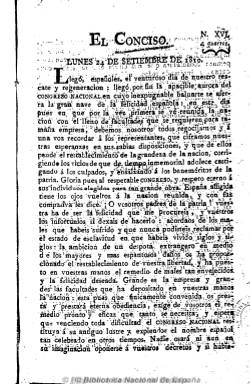
Título: El Conciso (Cádiz)
Colección: Periódicos anteriores a 1850
Ámbito geográfico: Cádiz
Lugar de publicación: Cádiz
Fechas: 24/09/1810-11/05/1814

Las Cortes de Cádiz y su revolucionaria proclamación de la libertad de imprenta, en noviembre de 1810, supone un momento de auténtico furor editorial tras los años de prohibiciones anteriores.  El periódico El Conciso, dirigido por Gaspar María de Ogirando, fue quizás el título más destacado de este periodo y una importante fuente para seguir el desarrollo de los acontecimientos contemporáneos, fundamentalmente las sesiones de Las Cortes que alumbraron la Constitución de 1812 en un Cádiz asediado por las tropas francesas de Napoleón.

  La razón de su título es que se proponía ir al grano, dando noticias y no reproduciendo largos discursos, teniendo en cuenta además el poco tiempo que el público tenía para la lectura. Se trata de un periódico liberal, polemista, de pequeño tamaño, gran defensor de la libertad de imprenta, que supo burlar la censura que imponía el Gobierno de José Bonaparte y combatir la propaganda de los círculos afrancesados afines al Gobierno. Está considerada una de las publicaciones mejor escritas de esos años y contaba con una gran audiencia. Algunas fuentes han calculado su difusión en 2. 000 ejemplares, muy superior a la tirada de otros periódicos.

  El Conciso comenzó su andadura el 24 de agosto de 1810, un mes antes de que comenzara la reunión de Las Cortes. La colección de la BNE no está completa; se inicia con el número 16, del 24 de septiembre, justo cuando comienzan las sesiones. Este número va precedido de una lista con el nombre de los diputados. De las ocho páginas con que cuenta, cuatro corresponden a esa lista.

  El periódico comenzó a editarse a días alternos para más tarde hacerse diario. Constaba de cuatro, seis u ocho páginas en función del volumen de información disponible. A partir del 28 de septiembre de 1810 publicó en sus dos últimas páginas un suplemento titulado Concisín, de periodicidad irregular. En él se daban noticias varias, como los sucesos más destacados de la guerra contra los franceses.

  Entre septiembre y diciembre de 1810, El Conciso todavía no tenía la competencia de otros periódicos y pudo publicar en exclusiva la información de Las Cortes, lo que tuvo una repercusión enorme en toda España e incluso en el extranjero. Era un tiempo en que todavía no había un diario oficial de sesiones.

   Debido a esta posición de privilegio el periódico influyó también en los diputados, por ejemplo, en que no hubiera debates secretos, sino que las sesiones fueran siempre públicas. También influyó en el resto de la prensa para que los diputados fueran tratados con respeto anteponiendo a su apellido el tratamiento de ‘señor’.

  No hay mejor prueba del éxito que tuvo este periódico en los primeros momentos de la Cortes de Cádiz que ver como la gente se impacientaba para adquirirlo cada mañana. Lo contó así el director de El Conciso en su número del 29 de setiembre de 1810:

   ‘El día de la salida del Conciso está fixado, pero no la hora. Así que siendo en día par, cumplo: yo soy aficionadillo a madrugar; pero quando nuestros idolatrados Padres de la Patria pasan malas noches no hará mucho El Conciso en pasarlas; y pedirle que madrugue a un hombre que ha pasado mala noche es querer matarle’

   El último número del periódico fue el del 11 de mayo de 1814. Estaba condenado a desaparecer como toda la prensa liberal después de la vuelta de Fernando VII a España, una vez que el ejercito francés, vencido, se había retirado de la Península. Estando en Valencia, el rey firmó el 4 de mayo un decreto por el que disolvía Las Cortes, abolía la Constitución de 1812 y restauraba el absolutismo.

  El Conciso, que desde comienzos de 1814 se editaba en Madrid, sólo duró una semana más. En su último número todavía se puede ver como sus redactores, ingenuamente, creían que cuando Fernando VII llegara a Madrid respetaría las libertades de la Constitución, dado el sacrificio que el pueblo español había hecho por la independencia y para conseguir su vuelta a España.

   El director, Gaspar María de Ogirando, que era vasco de origen, parece que marchó a México exiliado, aunque no se sabe con seguridad su paradero. Uno de los principales redactores de El Conciso, encargado de las crónicas parlamentarias, fue el poeta Francisco Sánchez Barbero, quien murió en la prisión de Melilla, donde fue internado junto con otros liberales.

[Descripción modificada el 17/08/2022]